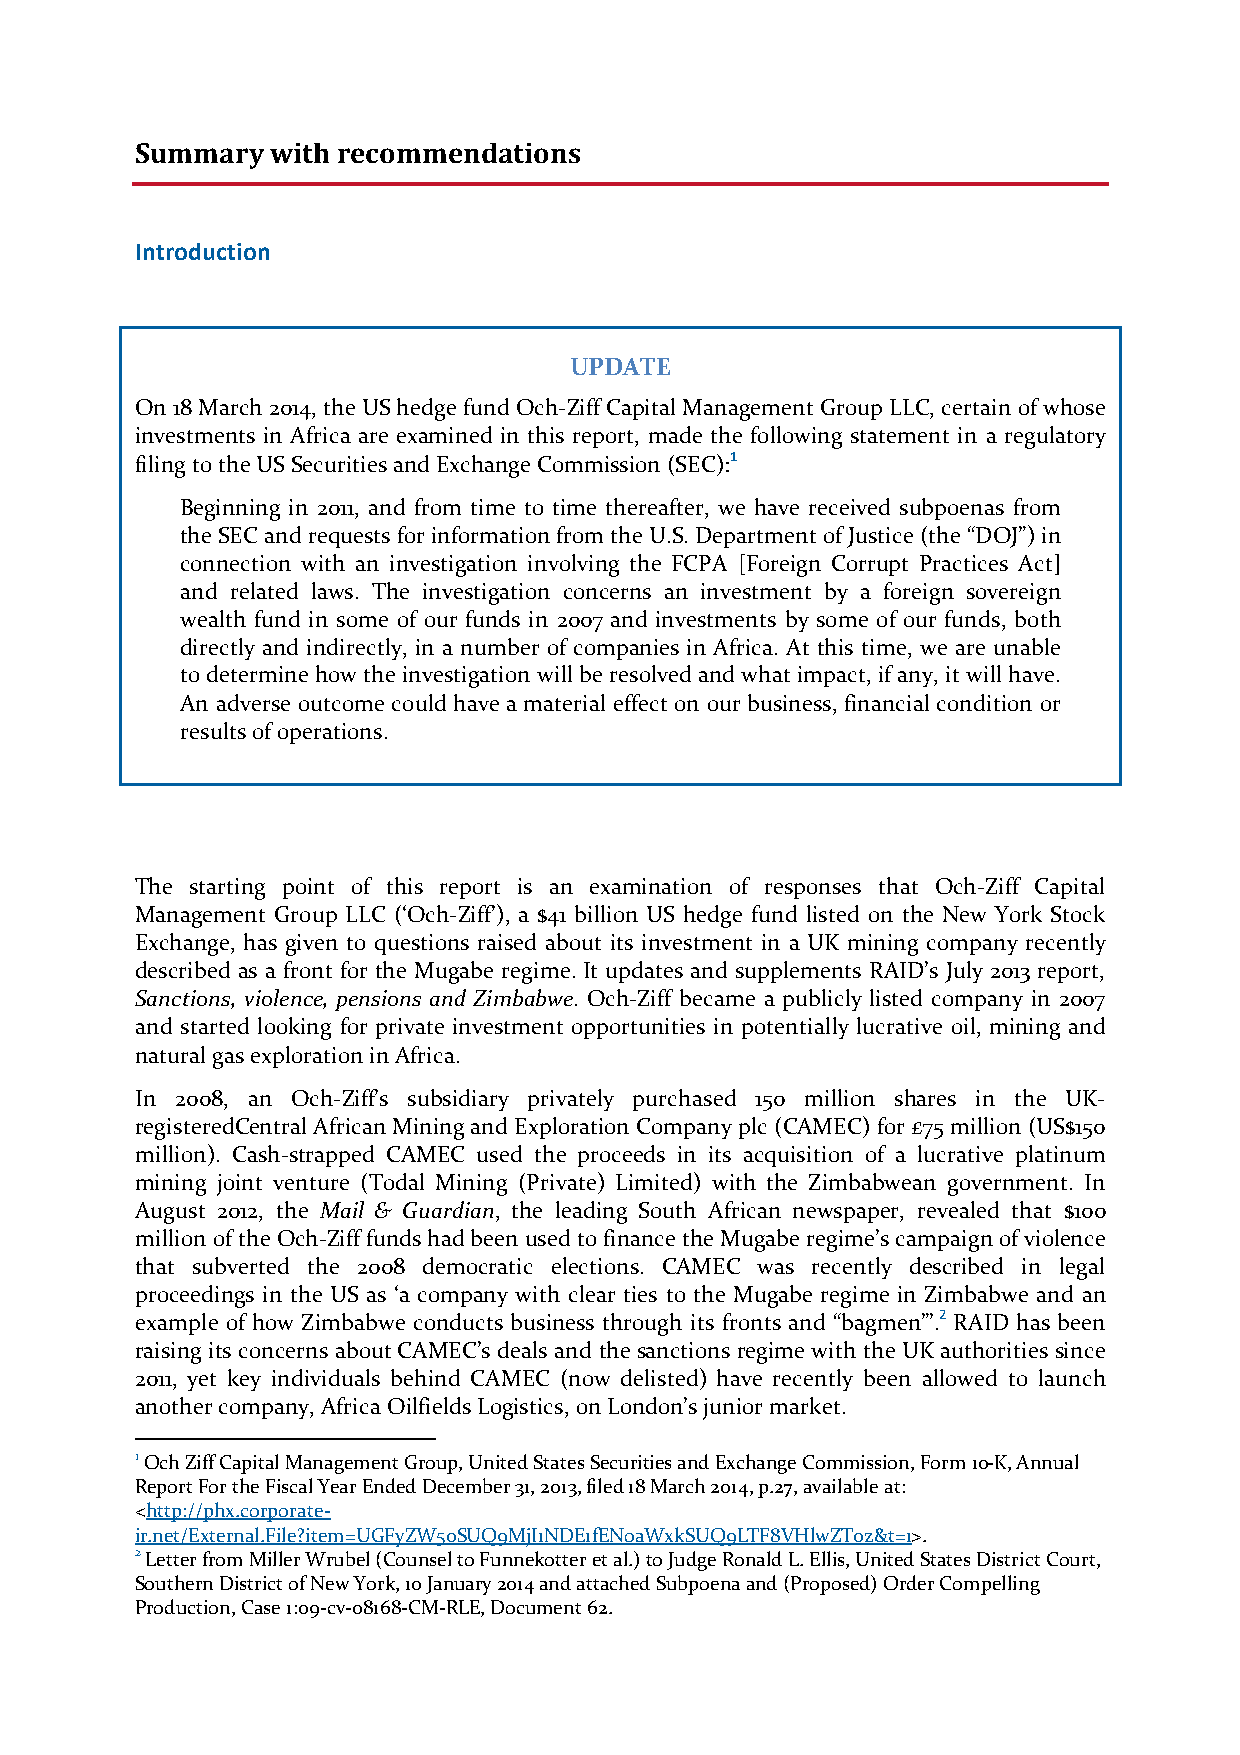
Summary  with recommendations
 Introduction
 UPDATE
 On 18 March 2014, the US hedge fund Och-Ziff Capital Management Group LLC, certain of whose
 investments in Africa are examined in this report, made the following statement in a regulatory
 filing to the US Securities and Exchange Commission (SEC):1
 Beginning in 2011, and from time to time thereafter, we have received subpoenas from
 the SEC and requests for information from the U.S. Department of Justice (the “DOJ”) in
 connection with an investigation involving the FCPA [Foreign Corrupt Practices Act]
 and related laws. The investigation concerns an investment by a foreign sovereign
 wealth fund in some of our funds in 2007 and investments by some of our funds, both
 directly and indirectly, in a number of companies in Africa. At this time, we are unable
 to determine how the investigation will be resolved and what impact, if any, it will have.
 An adverse outcome could have a material effect on our business, financial condition or
 results of operations.
 The starting point of this report is an examination of responses that Och-Ziff Capital
 Management Group LLC (‘Och-Ziff’), a $41 billion US hedge fund listed on the New York Stock
 Exchange, has given to questions raised about its investment in a UK mining company recently
 described as a front for the Mugabe regime. It updates and supplements RAID’s July 2013 report,
 Sanctions, violence, pensions and Zimbabwe. Och-Ziff became a publicly listed company in 2007
 and started looking for private investment opportunities in potentially lucrative oil, mining and
 natural gas exploration in Africa.
 In 2008, an Och-Ziff’s subsidiary privately purchased 150 million shares in the UK-
 registeredCentral African Mining and Exploration Company plc (CAMEC) for £75 million (US$150
 million). Cash-strapped CAMEC used the proceeds in its acquisition of a lucrative platinum
 mining joint venture (Todal Mining (Private) Limited) with the Zimbabwean government. In
 August 2012, the Mail & Guardian, the leading South African newspaper, revealed that $100
 million of the Och-Ziff funds had been used to finance the Mugabe regime’s campaign of violence
 that subverted the 2008 democratic elections. CAMEC was recently described in legal
 proceedings in the US as ‘a company with clear ties to the Mugabe regime in Zimbabwe and an
 example of how Zimbabwe conducts business through its fronts and “bagmen”’.2 RAID has been
 raising its concerns about CAMEC’s deals and the sanctions regime with the UK authorities since
 2011, yet key individuals behind CAMEC (now delisted) have recently been allowed to launch
 another company, Africa Oilfields Logistics, on London’s junior market.
 1 Och Ziff Capital Management Group, United States Securities and Exchange Commission, Form 10-K, Annual
 Report For the Fiscal Year Ended December 31, 2013, filed 18 March 2014, p.27, available at:
 <http://phx.corporate-
 ir.net/External.File?item=UGFyZW50SUQ9MjI1NDE1fENoaWxkSUQ9LTF8VHlwZT0z&t=1>.
 2 Letter from Miller Wrubel (Counsel to Funnekotter et al.) to Judge Ronald L. Ellis, United States District Court,
 Southern District of New York, 10 January 2014 and attached Subpoena and (Proposed) Order Compelling
 Production, Case 1:09-cv-08168-CM-RLE, Document 62.